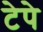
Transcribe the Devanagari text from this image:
टेपे